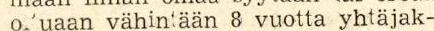
o.'uaan vähintään 8 vuotta yhtäjak-